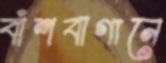
বাঁশবাগানে